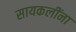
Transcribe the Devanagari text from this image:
सायकलींना